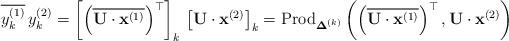
LaTeX: \begin{align*}\overline{y_{k}^{(1)}}\,y_{k}^{(2)}=\left[\left(\overline{\mathbf{U}\cdot\mathbf{x}^{(1)}}\right)^{\top}\right]_{k}\,\left[\mathbf{U}\cdot\mathbf{x}^{(2)}\right]_{k}=\mbox{Prod}_{\boldsymbol{\Delta}^{(k)}}\left(\left(\overline{\mathbf{U}\cdot\mathbf{x}^{(1)}}\right)^{\top},\mathbf{U}\cdot\mathbf{x}^{(2)}\right)\end{align*}